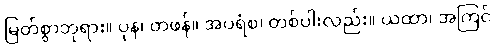
မြတ်စွာဘုရား။ ပုန၊ တဖန်။ အပရံစ၊ တစ်ပါးလည်း။ ယထာ၊ အကြင်